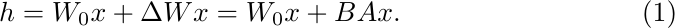
\begin{equation}
h = W_{0}x + \Delta Wx = W_{0}x + BAx.
\end{equation}